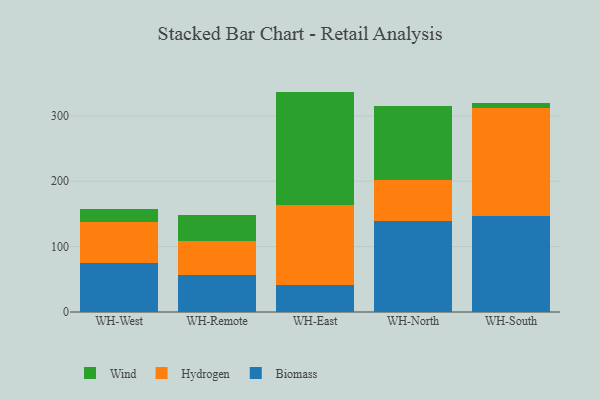
{"axis": {"x": "Warehouse", "y": "Shipments"}, "legend": ["Biomass", "Hydrogen", "Wind"], "data": [{"x": "WH-West", "y": 75.4, "type": "Biomass"}, {"x": "WH-West", "y": 62.4, "type": "Hydrogen"}, {"x": "WH-West", "y": 20.4, "type": "Wind"}, {"x": "WH-Remote", "y": 57.2, "type": "Biomass"}, {"x": "WH-Remote", "y": 52.0, "type": "Hydrogen"}, {"x": "WH-Remote", "y": 38.7, "type": "Wind"}, {"x": "WH-East", "y": 41.4, "type": "Biomass"}, {"x": "WH-East", "y": 122.5, "type": "Hydrogen"}, {"x": "WH-East", "y": 173.2, "type": "Wind"}, {"x": "WH-North", "y": 139.7, "type": "Biomass"}, {"x": "WH-North", "y": 62.4, "type": "Hydrogen"}, {"x": "WH-North", "y": 113.1, "type": "Wind"}, {"x": "WH-South", "y": 146.3, "type": "Biomass"}, {"x": "WH-South", "y": 166.4, "type": "Hydrogen"}, {"x": "WH-South", "y": 7.0, "type": "Wind"}]}